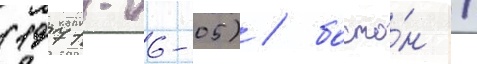
(1971-06-05) / босто́н /